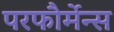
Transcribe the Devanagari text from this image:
परफौर्मेन्स